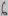
Text: 6